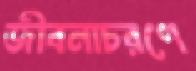
জীবনাচরণে